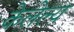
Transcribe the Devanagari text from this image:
केलेल्य